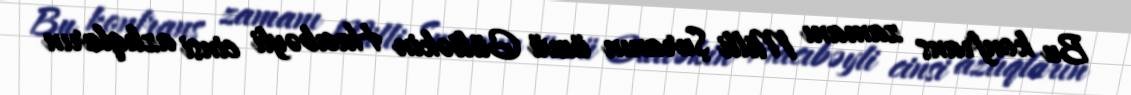
Bu konfrans zamanı Milli Şuranın üzvü Gültəkin Hacıbəyli cinsi azlıqların